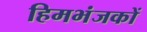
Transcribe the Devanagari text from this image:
हिमभंजकों